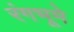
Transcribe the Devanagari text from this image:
रंगभूमे